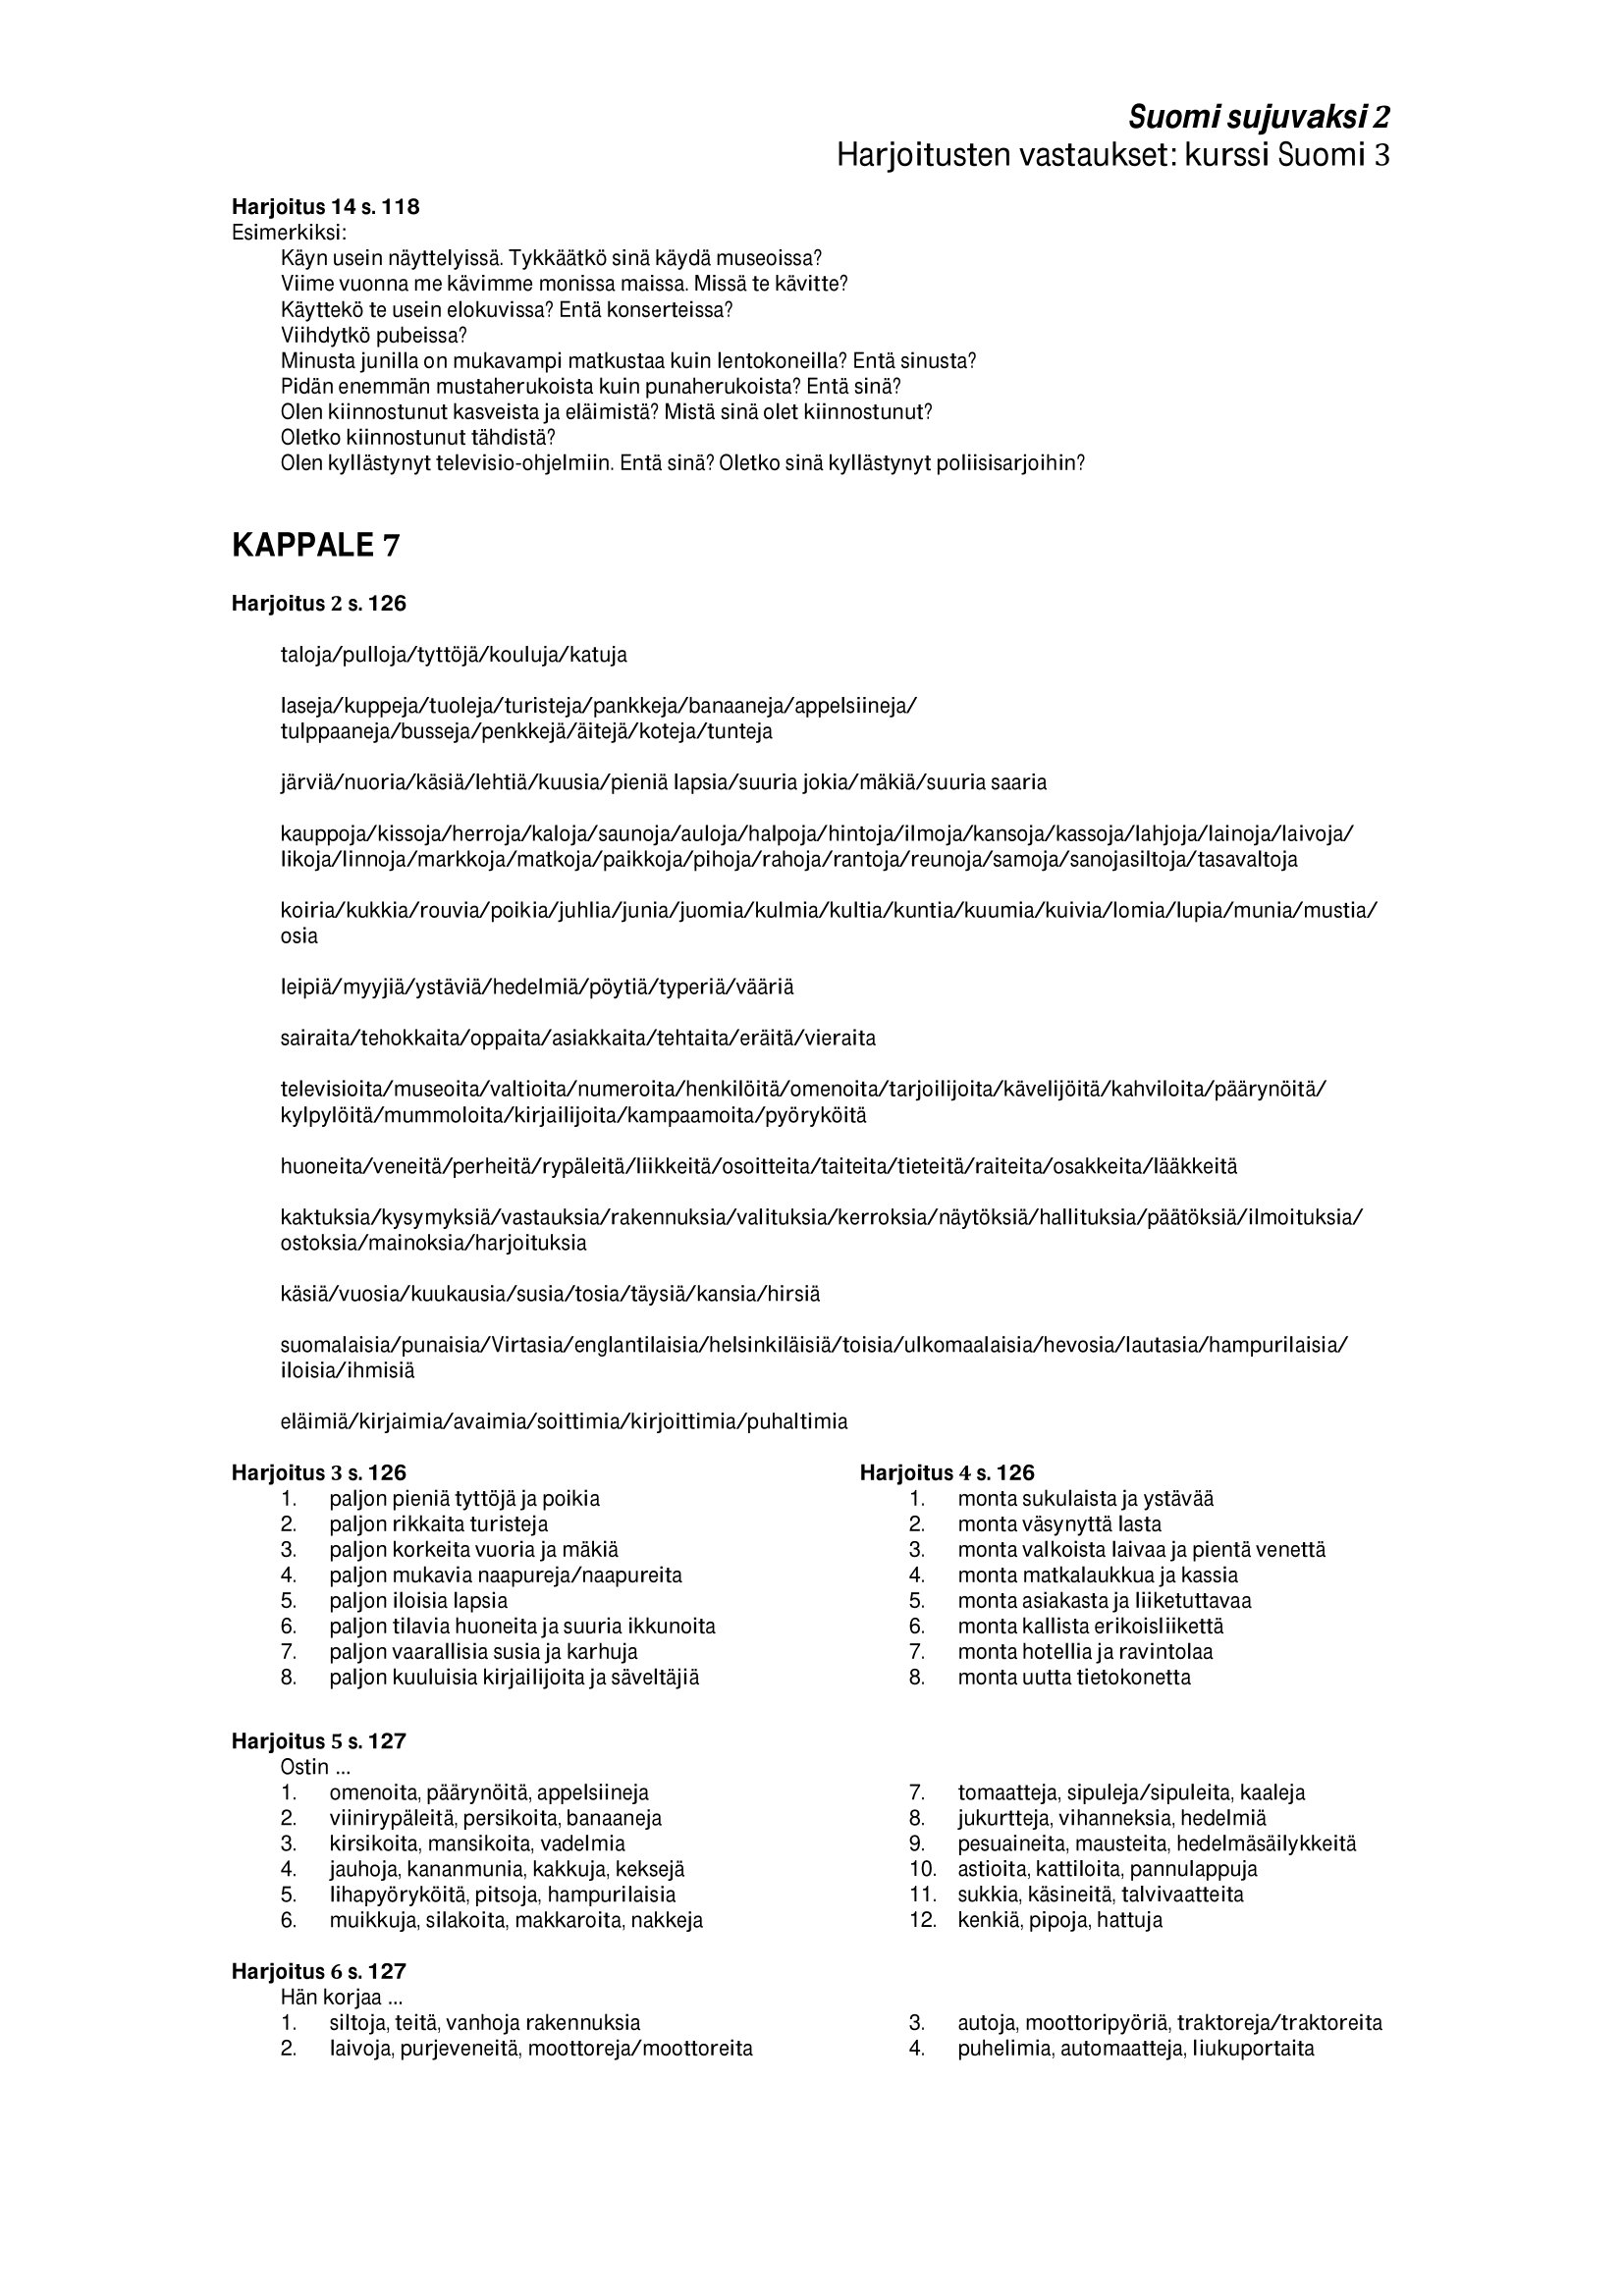
Language: fn